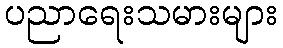
ပညာရေးသမားများ